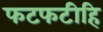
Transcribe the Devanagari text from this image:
फटफटीहि